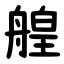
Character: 艎